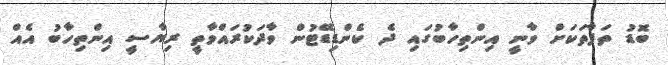
ބޮޑު ތަފާތަކަށް ވާނީ އިންތިހާބުގައި ދެ ކެންޑިޑޭޓުން ވާދަކުރައްވާތީ ރިޔާސީ އިންތިހާބު އެއް